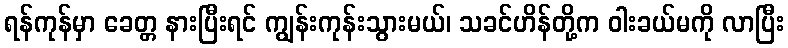
ရန်ကုန်မှာ ခေတ္တ နားပြီးရင် ကျွန်းကုန်းသွားမယ်၊ သခင်ဟိန်တို့က ဝါးခယ်မကို လာပြီး